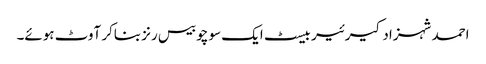
احمد شہزاد کیرئیر بیسٹ ایک سو چوبیس رنز بناکر آوٹ ہوئے۔